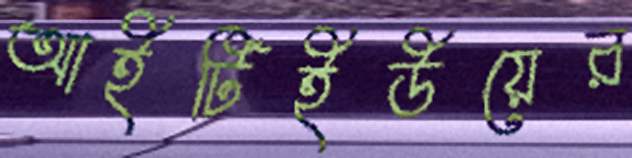
আইটিইউয়ের